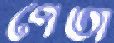
পেতা